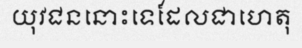
យុវជននោះទេដែលជាហេតុ